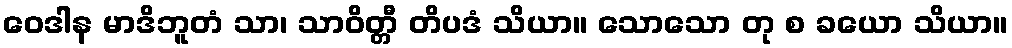
ဝေဒါန မာဒိဘူတံ သာ၊ သာဝိတ္တီ တိပဒံ သိယာ။ သောသော တု စ ခယော သိယာ။